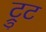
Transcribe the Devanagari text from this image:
ट्रुट